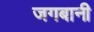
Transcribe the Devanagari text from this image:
जगबानी